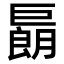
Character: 𢀬